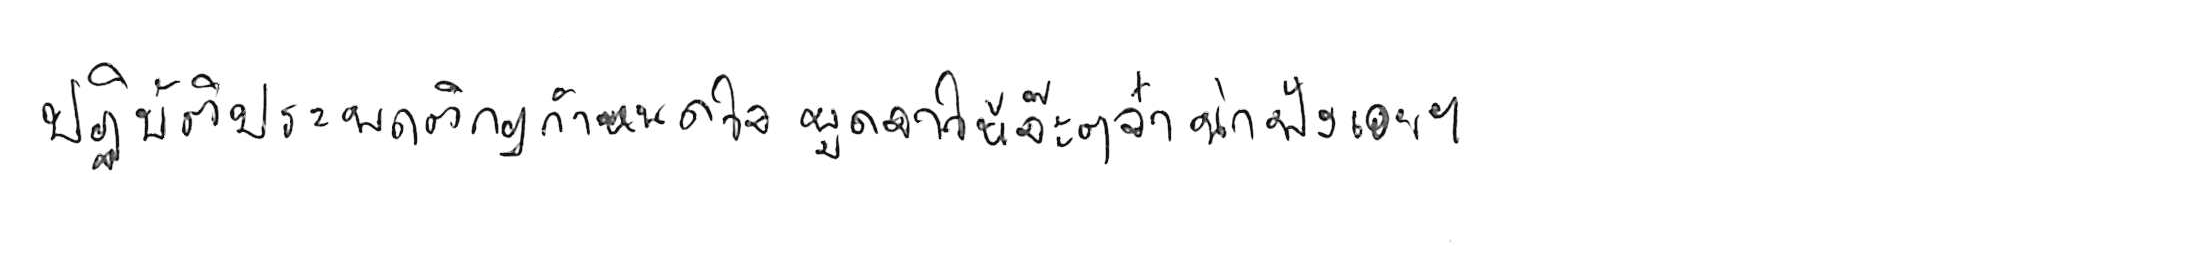
ปฏิบัติประพฤติกฎกำหนดใจ พูดจาให้จ๊ะๆ จ๋า น่าฟังเอยฯ